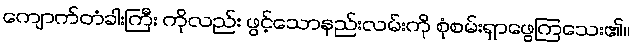
ကျောက်တံခါးကြီး ကိုလည်း ဖွင့်သောနည်းလမ်းကို စုံစမ်းရှာဖွေကြသေး၏။